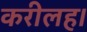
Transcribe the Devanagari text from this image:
करीलह।